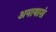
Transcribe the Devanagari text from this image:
अनायासं